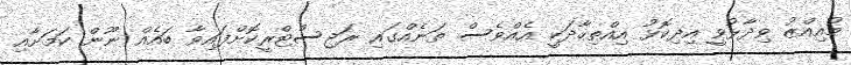
މުއިއްޒު ވިދާޅުވީ އިދިކޮޅު އިއްތިހާދަކީ އެއްވެސް ތަނެއްގައި ރަޖިސްޓްރީކޮށްފައިވާ ބައެއް ނޫން ކަމަށާއި